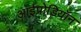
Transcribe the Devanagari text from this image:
आईप्रोडियॉन